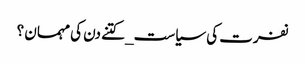
نفرت کی سیاست_ کتنے دن کی مہمان ؟